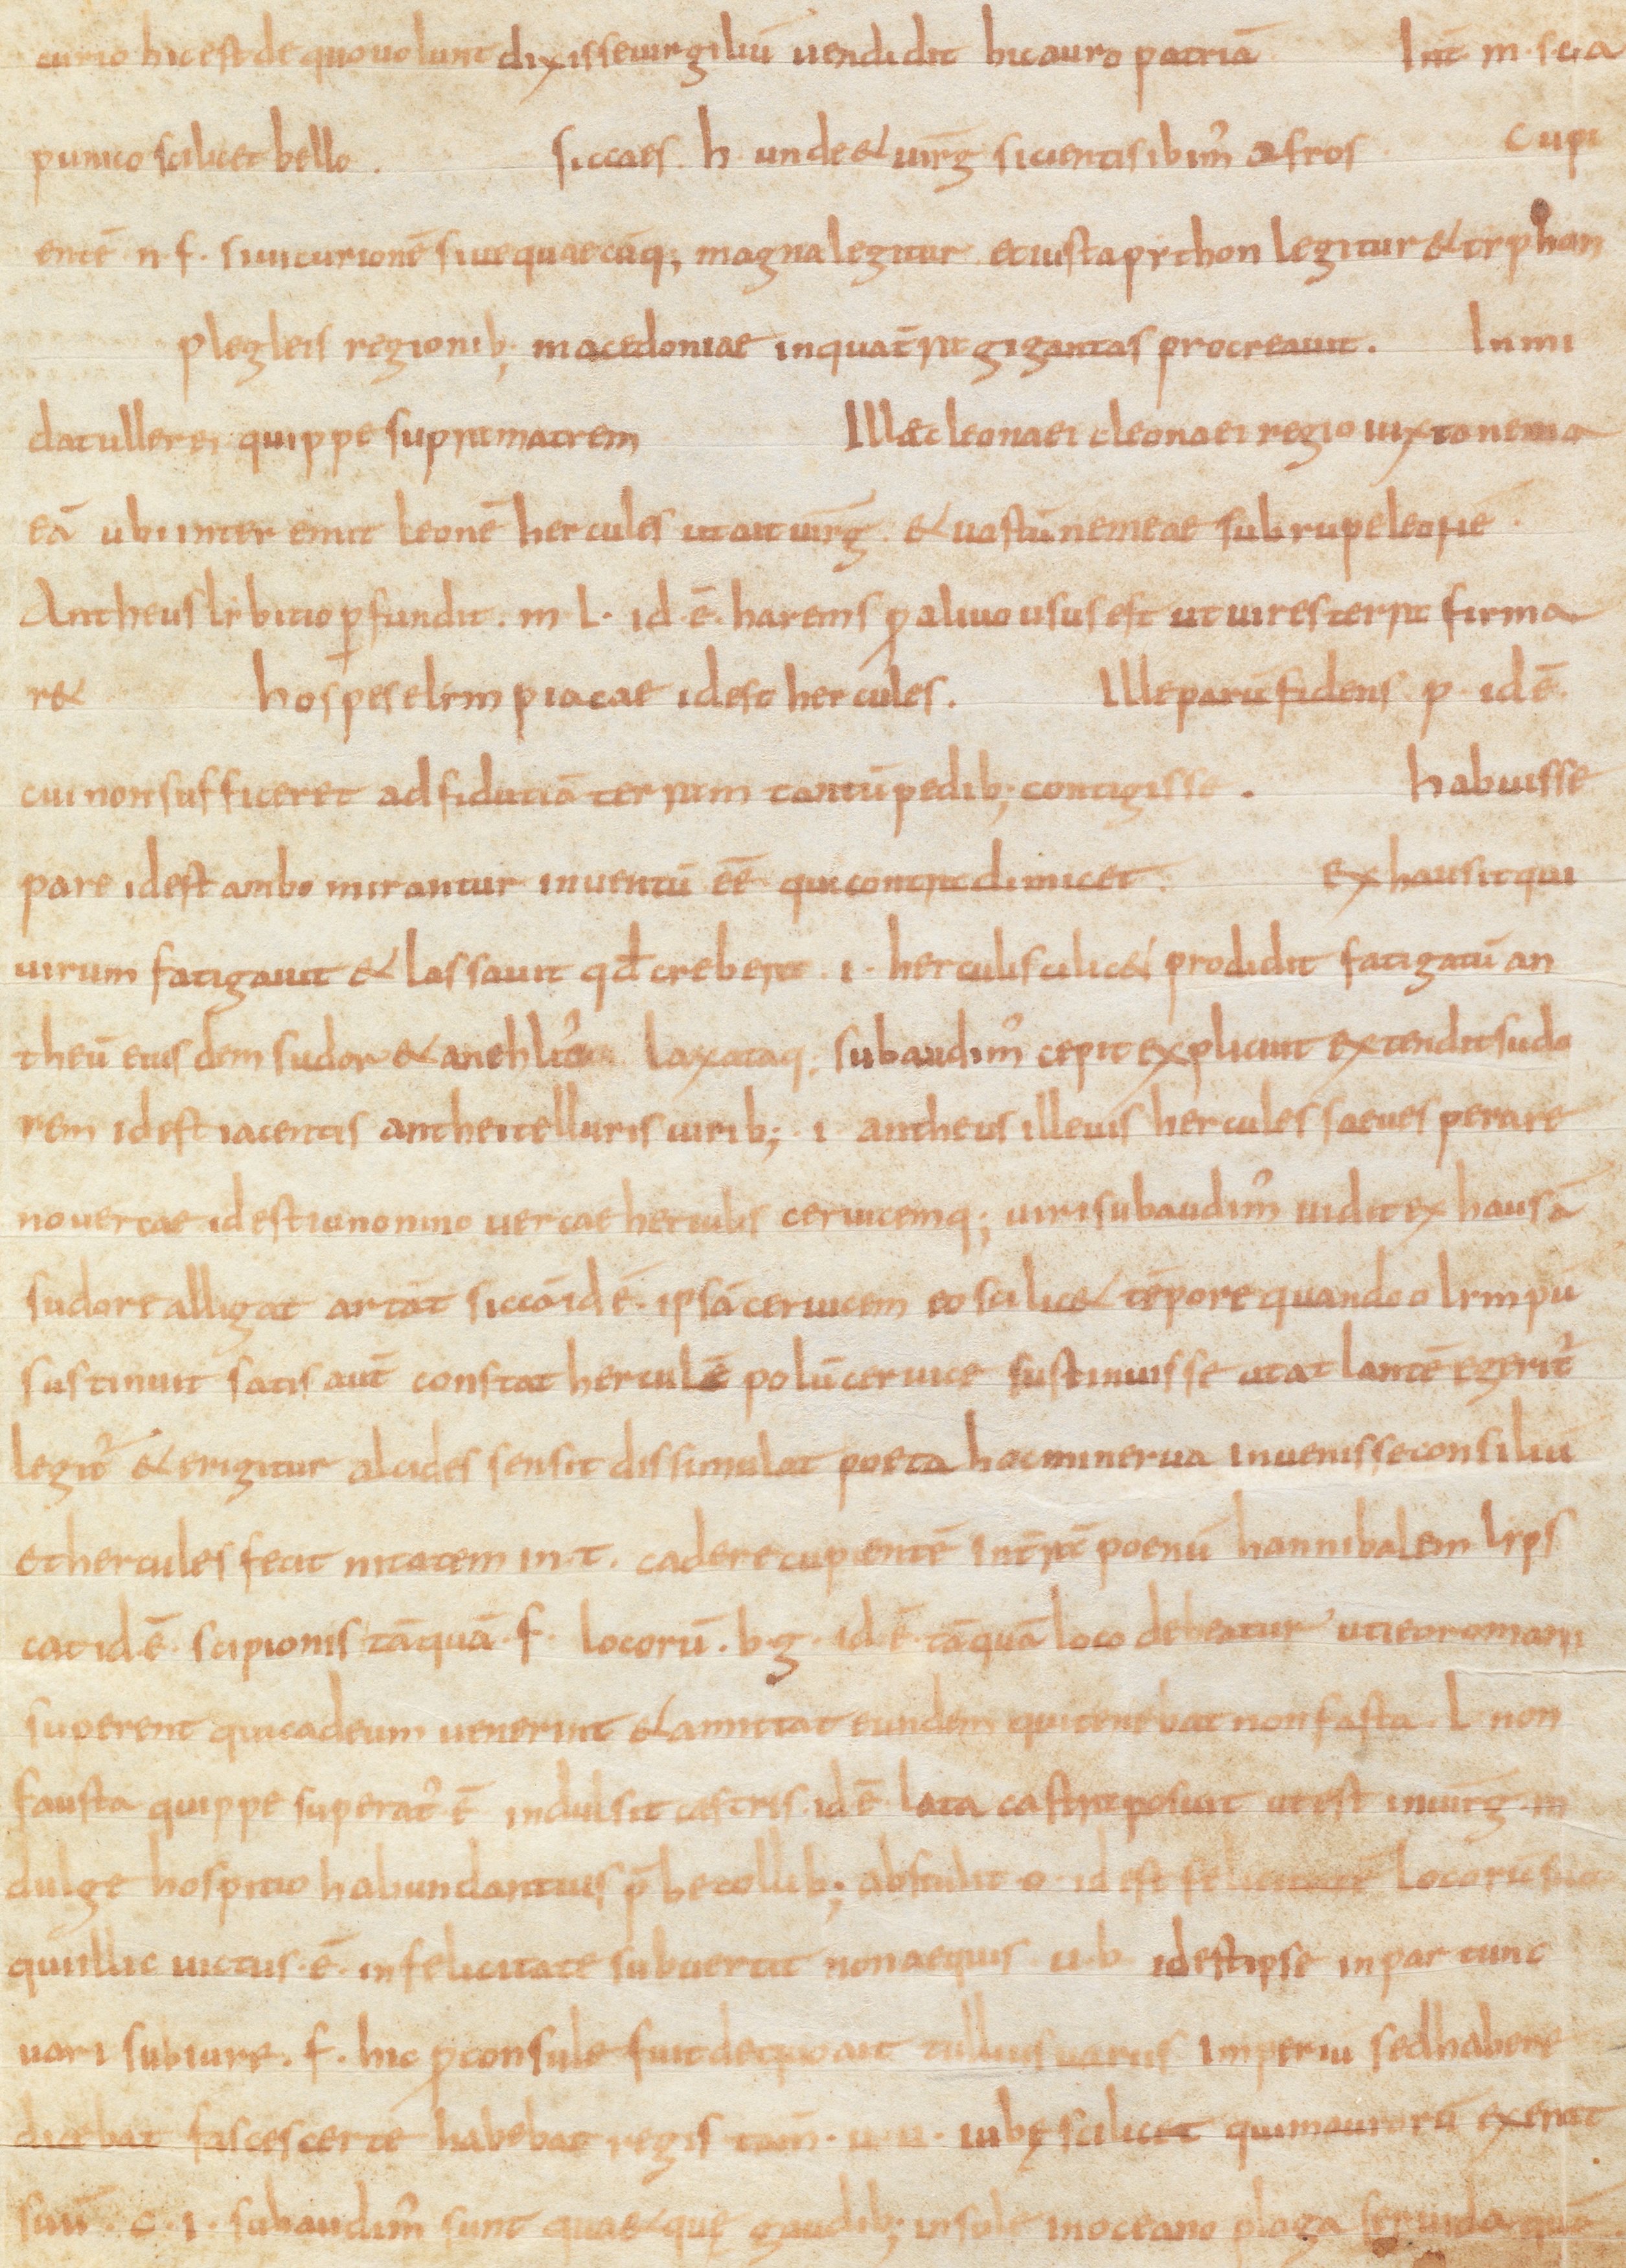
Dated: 885–899